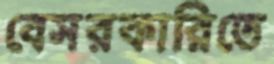
বেসরকারিতে